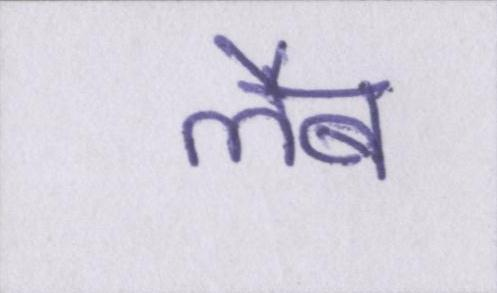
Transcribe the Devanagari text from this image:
लैब